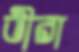
ভীরা